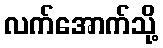
လက်အောက်သို့